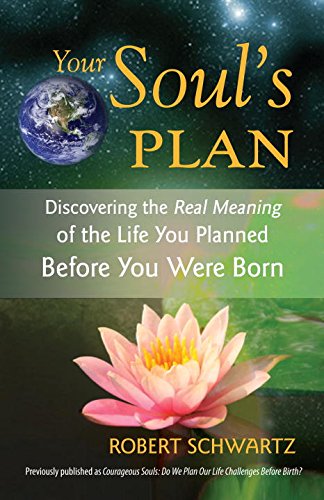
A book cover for Your Soul's Plan: Discovering the Real Meaning of the Life You Planned Before You Were Born; Robert Schwartz; Health, Fitness & Dieting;